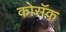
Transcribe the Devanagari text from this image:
कोसॅक